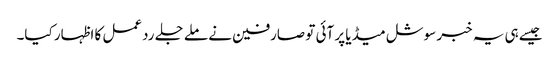
جیسےہی یہ خبر سوشل میڈیا پر آئی تو صارفین نے ملے جلے ردعمل کا اظہار کیا۔